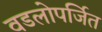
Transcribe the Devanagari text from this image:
वडलोपर्जित